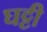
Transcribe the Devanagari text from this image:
घट्टी